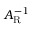
A _ { \mathrm { R } } ^ { - 1 }